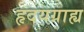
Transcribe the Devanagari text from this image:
हृदयग्राह्य